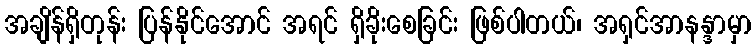
အချိန်ရှိတုန်း ပြန်နိုင်အောင် အရင် ရှိခိုးစေခြင်း ဖြစ်ပါတယ်၊ အရှင်အာနန္ဒာမှာ